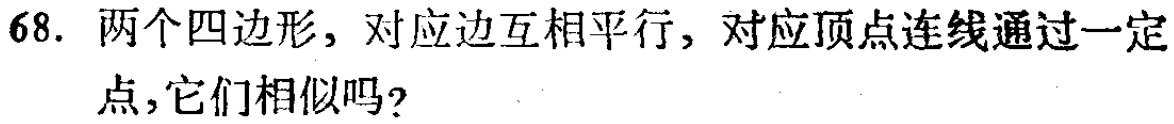
68. 两个四边形，对应边互相平行，对应顶点连线通过一定点,它们相似吗?